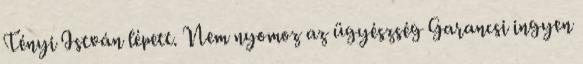
Tényi István lépett. Nem nyomoz az ügyészség Garancsi ingyen